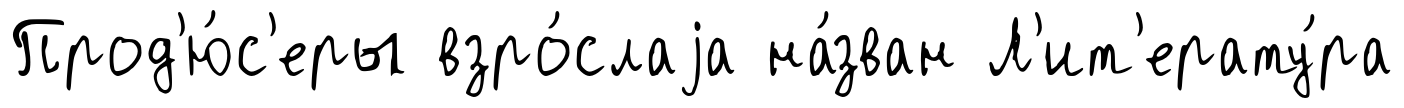
Прод'ю́с'еры взро́слаjа на́зван Л'ит'ерату́ра